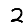
Digit: 2